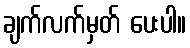
ချက်လက်မှတ် ပေးပါ။